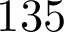
1 3 5